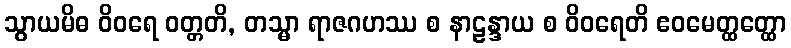
သွာယမိဓ ဝိဝရေ ဝတ္တတိ, တသ္မာ ရာဇဂဟဿ စ နာဠန္ဒာယ စ ဝိဝရေတိ ဧဝမေတ္ထတ္ထော